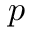
p